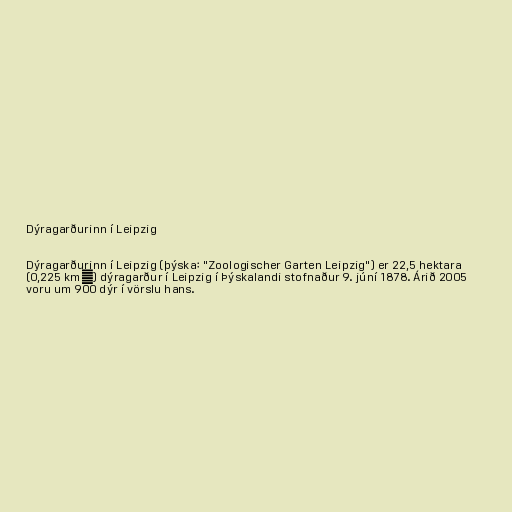
Dýragarðurinn í Leipzig

Dýragarðurinn í Leipzig (þýska: "Zoologischer Garten Leipzig") er 22,5 hektara
(0,225 km²) dýragarður í Leipzig í Þýskalandi stofnaður 9. júní 1878. Árið 2005
voru um 900 dýr í vörslu hans.